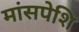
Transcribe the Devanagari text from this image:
मांसपेशि